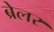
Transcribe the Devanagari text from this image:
ब्रेलर